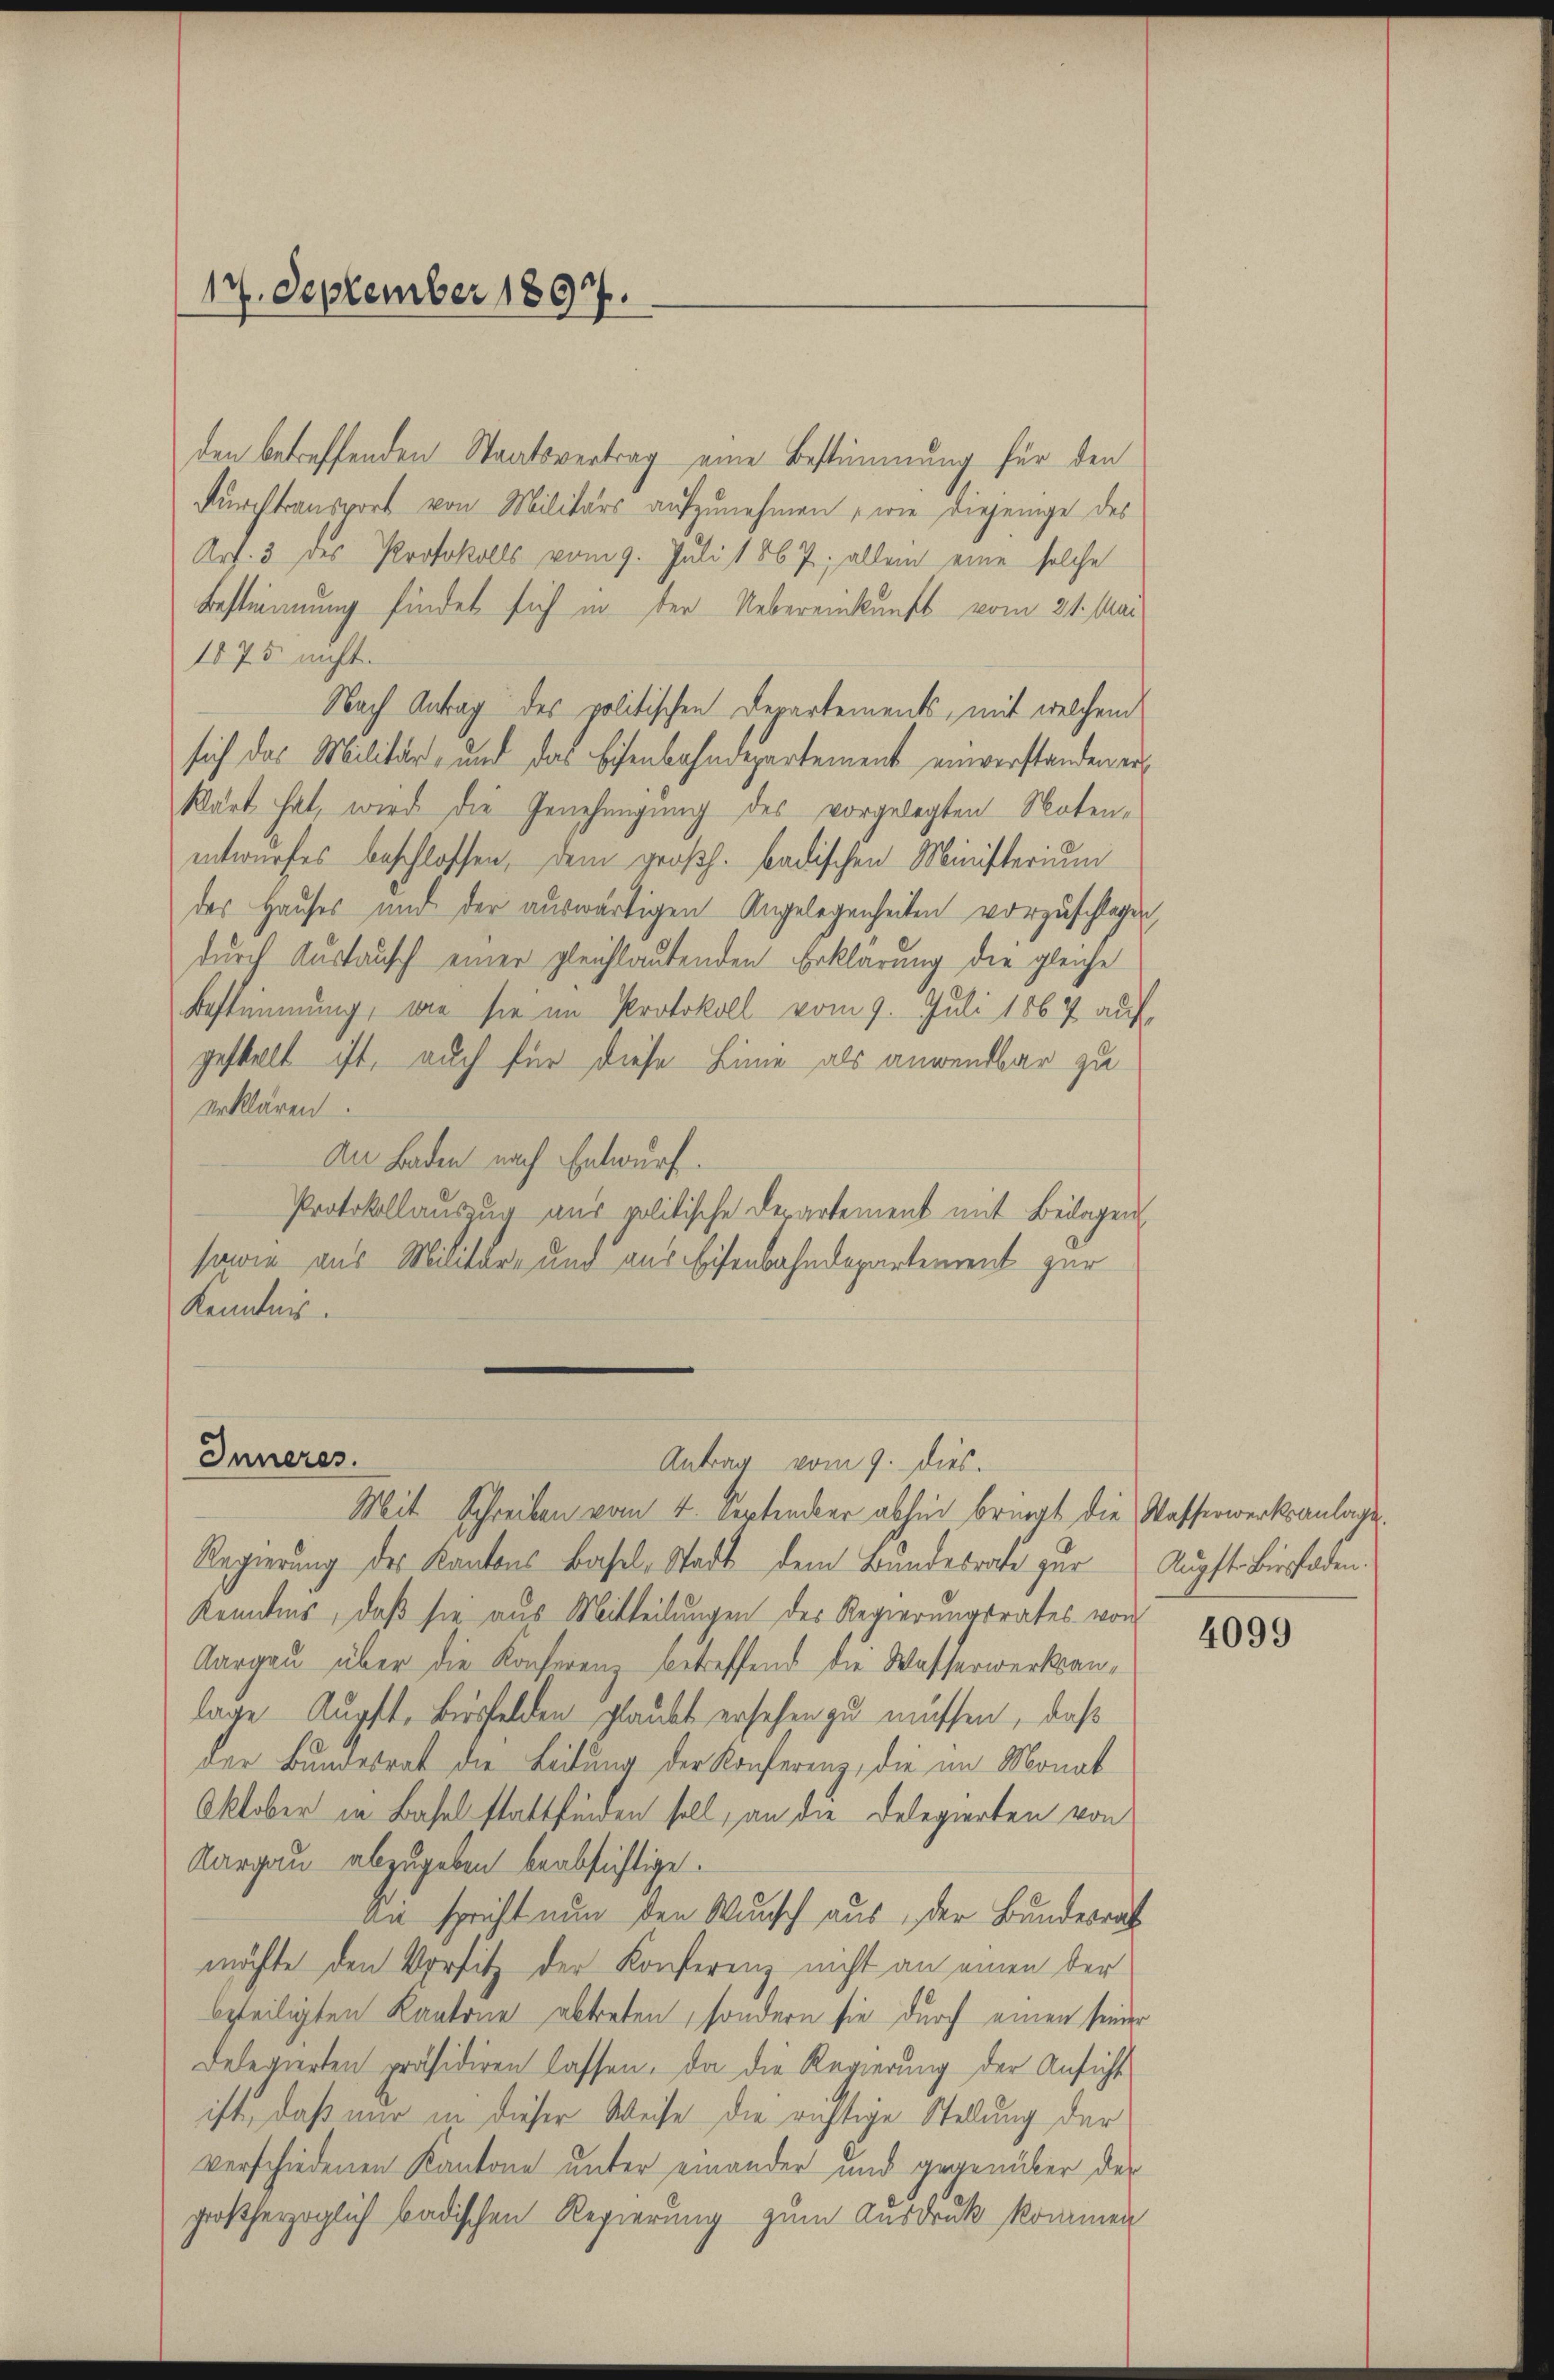
17. September 1897.

den betreffenden Staatsvertrag eine Bestimmung für den
Durchtransport von Militärs aufzunehmen, wie diejenige des
Art. 3 des Protokolls vom 9. Juli 1867; allein eine solche
Bestimmung findet sich in der Uebereinkunft vom 21. Mai
1575 nicht.
Nach Antrag des politischen Departements, mit welchen
sich das Militär- und das Eisenbahndepartement einverstanden erklärt hat, wird die Genehmigung des vorgelegten Noten-
entwurfes beschlossen, dem großh. badischen Ministerium
deas Hauses und der auswärtigen Angelegenheiten vorzuschlagen,
durch Austausch einer gleichlautenden Erklärung die gleiche
Bestimmung, wie sie im Protokoll vom 9. Juli 1867 auf
gestelt ist, auch für diese Linie als anwendbar zu
erklären.
An Baden nach Entwurf.
Protokollauszug aus politische Departement mit Beilagen
sowie aus Militär- und aus Eisenbahndepartement zur
Kenntnis.

Inneres.
Antrag vom 9. dies.
Mit Schreiben vom 4. September abhin bringt die Wasserwerksanlage

Regierŭng des Kantons Basel-Stadt dem Bŭndesrate zŭr Aŭpft- Birrhoden.
Kenntnis, daß sie aus Mitteilungen des Regierungsrates von
Aargau über die Konferenz betreffend die Wasserwerksanlage Augst. Bisfelden glaubt ersehen zu müssen, daß
der Bundesrat die Leitung der Konferenz, die im Monat
Oktober in Basel stattfinden soll, an die Delegierten von
Aargau abzugeben beabsichtige.
Sie spricht nun den Wunsch aus, der Bundesrath
möchte den Vorsitz der Konferenz nicht an einen der
beteiligten Kantone abtreten, sondern sie durch einen seiner
Delegierten präsidiren lassen, da die Regierung der Ansicht
ist, daß nur in dieser Weise die richtige Stellung der
verschiedenen Kantone unter einander und gegenüber der
großherzoglich badischen Regierung zum Ausdruck kommen

4099